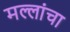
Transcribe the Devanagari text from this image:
मल्लांचा